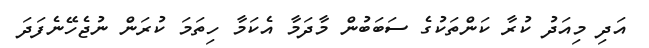
އަދި މިއަދު ކުރާ ކަންތަކުގެ ސަބަބުން މާދަމާ އެކަމާ ހިތަމަ ކުރަން ނުޖެހޭނެފަދަ